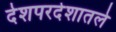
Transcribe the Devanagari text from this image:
देशपरदेशातले